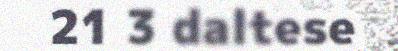
21 3 daltese